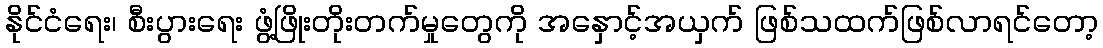
နိုင်ငံရေး၊ စီးပွားရေး ဖွံ့ဖြိုးတိုးတက်မှုတွေကို အနှောင့်အယှက် ဖြစ်သထက်ဖြစ်လာရင်တော့